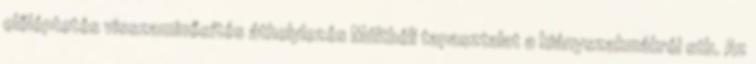
előléptetés visszaminősítés áthelylezés Múltbéli tapasztalat a hiányszakmákról stb. Az